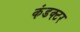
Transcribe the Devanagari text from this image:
कंडक्‍टर